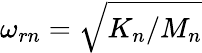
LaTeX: \omega_{rn}=\sqrt{K_{n}/M_{n}}